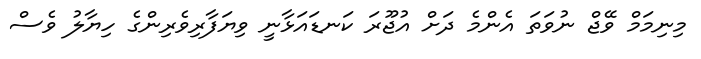
މިނިމަމް ވޭޖް ނުވަތަ އެންމެ ދަށް އުޖޫރަ ކަނޑައަޅާނީ ވިޔަފާރިވެރިންގެ ހިޔާލު ވެސް